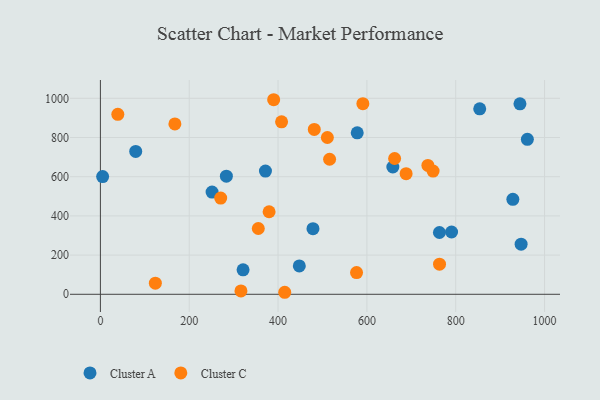
{"axis": {"x": "Price", "y": "Salary"}, "legend": ["Cluster A", "Cluster C"], "data": [{"x": "790.6", "y": 317.8, "type": "Cluster A"}, {"x": "763.3", "y": 315.2, "type": "Cluster A"}, {"x": "658.4", "y": 649.5, "type": "Cluster A"}, {"x": "854.0", "y": 946.6, "type": "Cluster A"}, {"x": "79.5", "y": 729.1, "type": "Cluster A"}, {"x": "944.6", "y": 972.0, "type": "Cluster A"}, {"x": "961.3", "y": 790.9, "type": "Cluster A"}, {"x": "283.6", "y": 602.7, "type": "Cluster A"}, {"x": "321.2", "y": 125.0, "type": "Cluster A"}, {"x": "371.6", "y": 628.7, "type": "Cluster A"}, {"x": "947.2", "y": 255.8, "type": "Cluster A"}, {"x": "478.6", "y": 334.8, "type": "Cluster A"}, {"x": "447.8", "y": 144.5, "type": "Cluster A"}, {"x": "578.2", "y": 824.1, "type": "Cluster A"}, {"x": "251.4", "y": 521.5, "type": "Cluster A"}, {"x": "5.0", "y": 600.9, "type": "Cluster A"}, {"x": "928.6", "y": 484.5, "type": "Cluster A"}, {"x": "167.7", "y": 869.5, "type": "Cluster C"}, {"x": "576.7", "y": 111.0, "type": "Cluster C"}, {"x": "379.8", "y": 421.1, "type": "Cluster C"}, {"x": "123.7", "y": 56.7, "type": "Cluster C"}, {"x": "516.0", "y": 689.1, "type": "Cluster C"}, {"x": "511.0", "y": 800.0, "type": "Cluster C"}, {"x": "590.9", "y": 972.7, "type": "Cluster C"}, {"x": "749.0", "y": 628.9, "type": "Cluster C"}, {"x": "39.2", "y": 918.4, "type": "Cluster C"}, {"x": "688.3", "y": 615.5, "type": "Cluster C"}, {"x": "270.8", "y": 490.9, "type": "Cluster C"}, {"x": "407.9", "y": 879.9, "type": "Cluster C"}, {"x": "390.1", "y": 992.8, "type": "Cluster C"}, {"x": "763.5", "y": 153.5, "type": "Cluster C"}, {"x": "316.4", "y": 17.0, "type": "Cluster C"}, {"x": "481.5", "y": 841.3, "type": "Cluster C"}, {"x": "662.4", "y": 692.9, "type": "Cluster C"}, {"x": "355.5", "y": 335.7, "type": "Cluster C"}, {"x": "737.3", "y": 657.5, "type": "Cluster C"}, {"x": "415.0", "y": 10.3, "type": "Cluster C"}]}